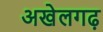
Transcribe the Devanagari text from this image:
अखेलगढ़